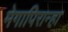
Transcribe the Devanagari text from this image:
मेगापिरान्हा